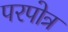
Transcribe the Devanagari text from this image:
परपोत्र